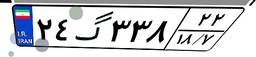
۲۴گ۳۳۸۲۲